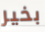
بخير